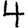
Digit: 4